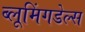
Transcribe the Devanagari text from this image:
ब्लूमिंगडेल्स